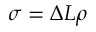
\sigma = \Delta L \rho